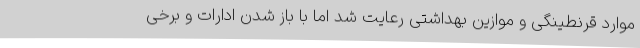
موارد قرنطینگی و موازین بهداشتی رعایت شد اما با باز شدن ادارات و برخی